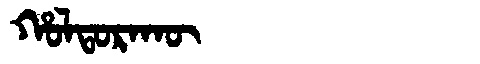
Manchu: ᡥᠣᠯᡨᠣᡵᠠᡴᡡ
Romanization: HOLTORAKŪ